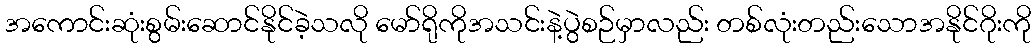
အကောင်းဆုံးစွမ်းဆောင်နိုင်ခဲ့သလို မော်ရိုကိုအသင်းနဲ့ပွဲစဉ်မှာလည်း တစ်လုံးတည်းသောအနိုင်ဂိုးကို